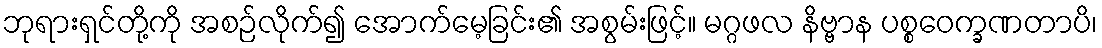
ဘုရားရှင်တို့ကို အစဉ်လိုက်၍ အောက်မေ့ခြင်း၏ အစွမ်းဖြင့်။ မဂ္ဂဖလ နိဗ္ဗာန ပစ္စဝေက္ခဏတာပိ၊